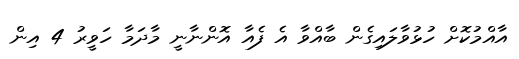
އާއްމުކޮށް ހުޅުވާލައިގެން ބާއްވާ އެ ފެއާ އޮންނާނީ މާދަމާ ހަވީރު 4 އިން